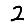
Digit: 2